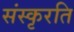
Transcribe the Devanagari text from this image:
संस्कृरति